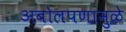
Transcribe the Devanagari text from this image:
अबोलपणामुळे